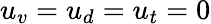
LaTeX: u_{v}=u_{d}=u_{t}=0